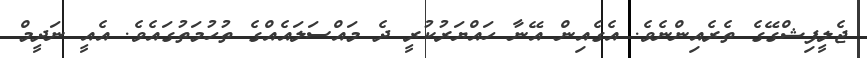
ޖެލީފިޝްގޭގެ ތެރެއިންނެވެ. އެގެއިން އޭނާ ހައްޔަރުކުރީ ދެ މައްސަލައެއްގެ ތުހުމަތުގައެވެ. އެއީ ނަދީމް